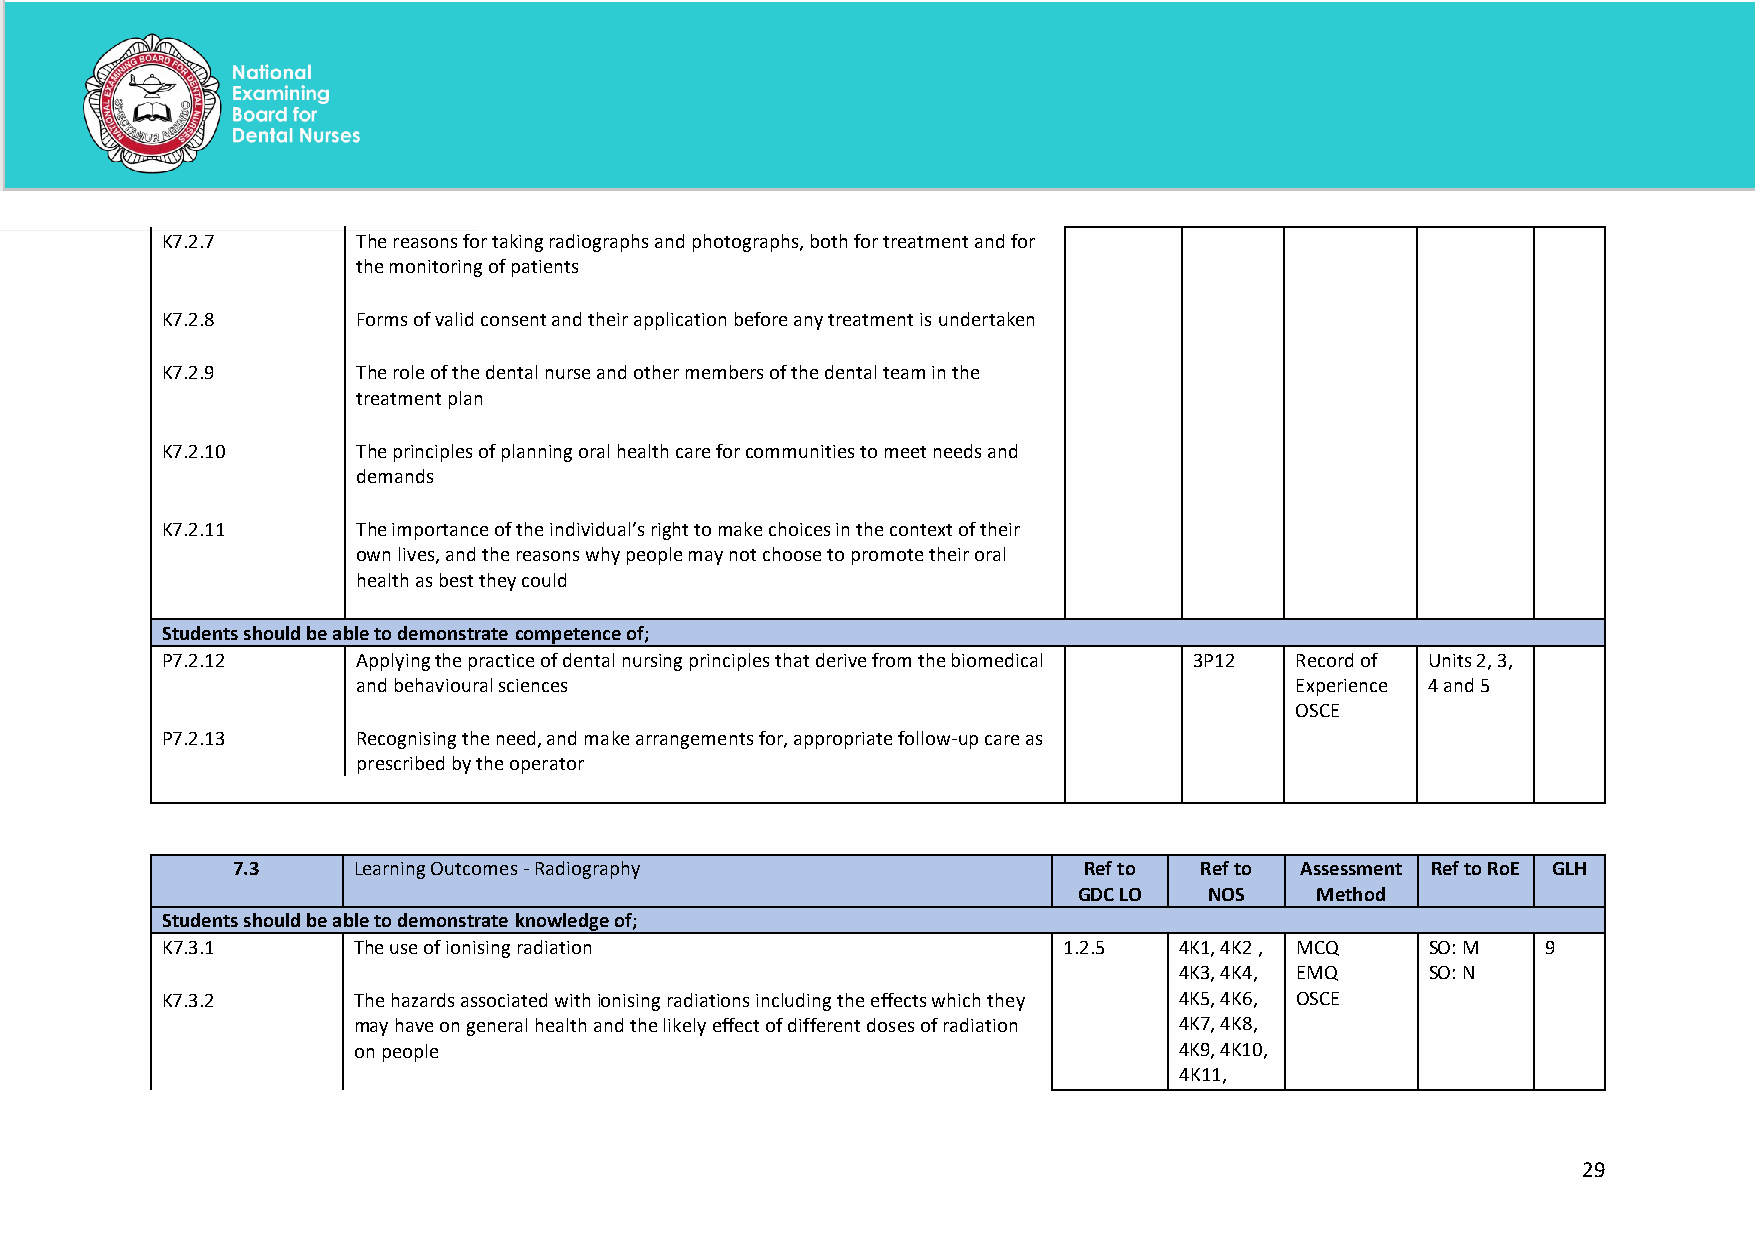
K7.2.7       The reasons for taking radiographs and photographs, both for treatment and for
 the monitoring of patients
 K7.2.8       Forms of valid consent and their application before any treatment is undertaken
 K7.2.9       The role of the dental nurse and other members of the dental team in the
 treatment plan
 K7.2.10      The principles of planning oral health care for communities to meet needs and
 demands
 K7.2.11      The importance of the individual’s right to make choices in the context of their
 own lives, and the reasons why people may not choose to promote their oral
 health as best they could
 Students should be able to demonstrate competence of;
 P7.2.12      Applying the practice of dental nursing principles that derive from the biomedical 3P12 Record of Units 2, 3,
 and behavioural sciences                                      Experience 4 and 5
 OSCE
 P7.2.13      Recognising the need, and make arrangements for, appropriate follow-up care as
 prescribed by the operator
 7.3     Learning Outcomes - Radiography                  Ref to Ref to Assessment Ref to RoE GLH
 GDC LO   NOS    Method
 Students should be able to demonstrate knowledge of;
 K7.3.1      The use of ionising radiation                  1.2.5   4K1, 4K2 , MCQ   SO: M  9
 4K3, 4K4, EMQ    SO: N
 K7.3.2      The hazards associated with ionising radiations including the effects which they 4K5, 4K6, OSCE
 may have on general health and the likely effect of different doses of radiation 4K7, 4K8,
 on people                                              4K9, 4K10,
 4K11,
 29
 National Examining Board for Dental Nurses